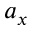
a _ { x }